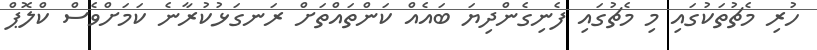
ހުރި މެޗުތަކުގައި މި މެޗުގައި ފެނިގެންދިޔަ ބައެއް ކަންތައްތަށް ރަނގަޅުކުރާނެ ކަމަށްވެސް ކްލޮޕް